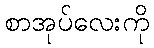
စာအုပ်လေးကို